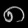
Digit: ၈